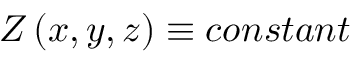
Z \left( x , y , z \right) \equiv c o n s t a n t